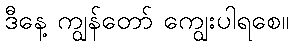
ဒီနေ့ ကျွန်တော် ကျွေးပါရစေ။